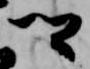
卿